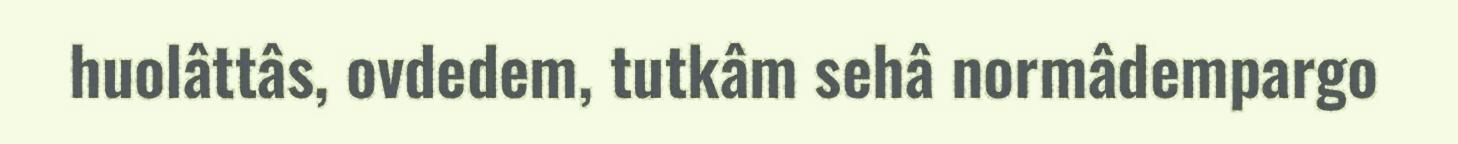
huolâttâs, ovdedem, tutkâm sehâ normâdempargo